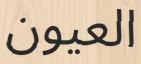
العيون